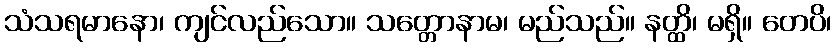
သံသရမာနော၊ ကျင်လည်သော။ သတ္တောနာမ၊ မည်သည်။ နတ္ထိ၊ မရှိ။ တေပိ၊